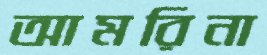
আমরিনা